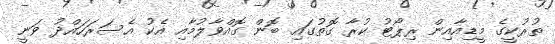
ތުރުކީގެ މީޑިއާއިން ރިޕޯޓު ކުރާ ގޮތުގައި ބޮން ގޮއްވާލުމާއި އެކު އެސަރަހައްދު ވަނީ